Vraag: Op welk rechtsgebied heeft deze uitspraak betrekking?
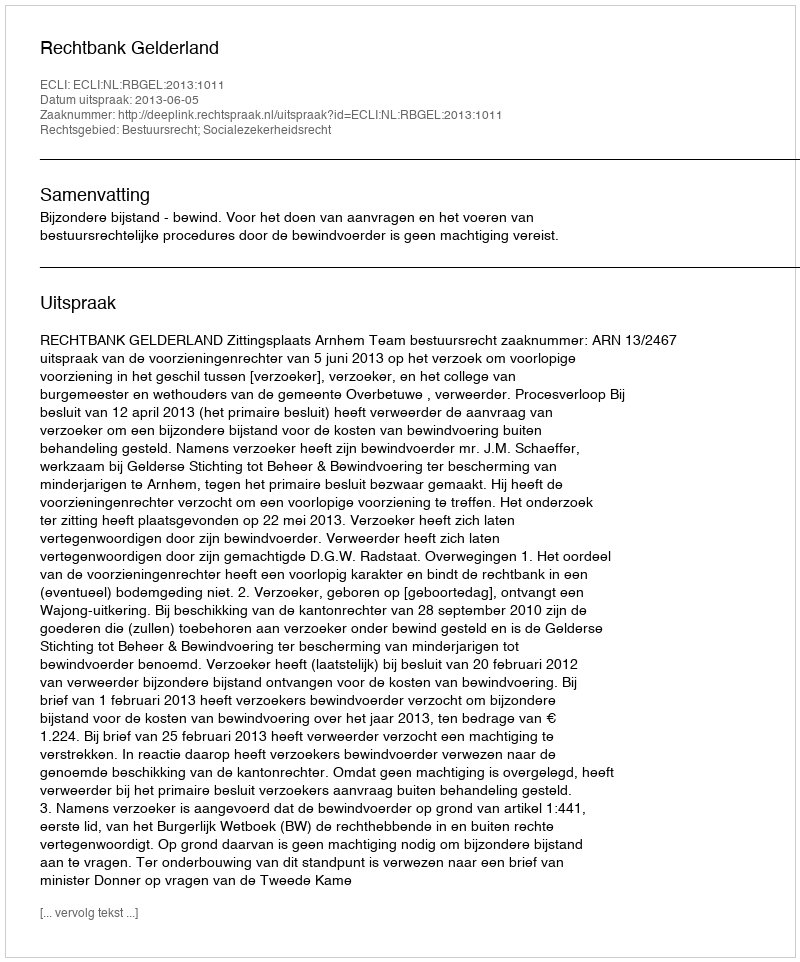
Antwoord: Bestuursrecht; Socialezekerheidsrecht